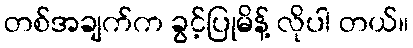
တစ်အချက်က ခွင့်ပြုမိန့် လိုပါ တယ်။